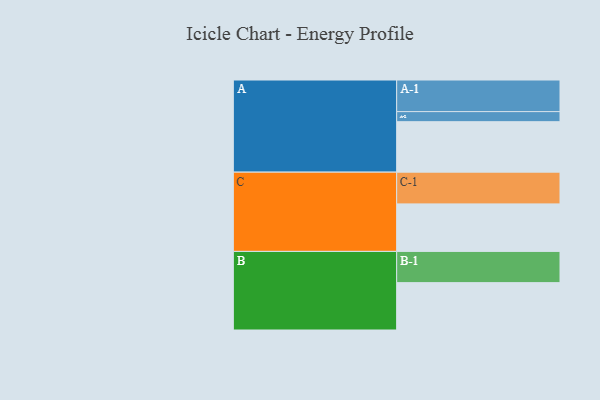
{"axis": {"x": "Segment", "y": "Value"}, "legend": ["", "A", "B", "C"], "data": [{"x": "A", "y": 391, "type": ""}, {"x": "B", "y": 367, "type": ""}, {"x": "C", "y": 368, "type": ""}, {"x": "A-1", "y": 245, "type": "A"}, {"x": "A-2", "y": 78, "type": "A"}, {"x": "B-1", "y": 242, "type": "B"}, {"x": "C-1", "y": 246, "type": "C"}]}